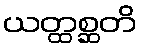
ယတ္ထစ္ဆတိ